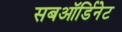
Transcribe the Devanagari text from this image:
सबऑर्डिनेट